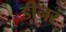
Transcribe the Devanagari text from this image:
डीनर